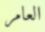
العامر